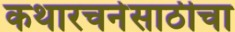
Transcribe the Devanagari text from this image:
कथारचनेसाठीचा